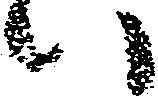
い